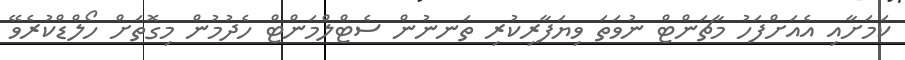
ކަމަށާއި އެއަށްފަހު މާޗަންޓް ނުވަތަ ވިޔަފާރިކުރި ތަނނުން ސެޓްލްމަންޓް ހެދުމުން މިގޮތަށް ހޯލްޑްކުރެވޭ